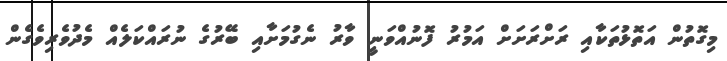
މިގޮތުން އަތޮޅުތަކާއި ރަށްރަށަށް އަމުރު ފޮނުއްވަނީ ވާރު ނެގުމަށާއި ބޭރުގެ ނުރައްކަލެއް މެދުވެރިވެގެން